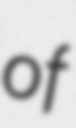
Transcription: of